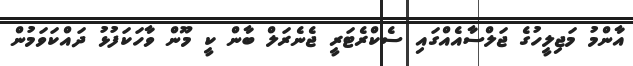
އާންމު މަޖިލީހުގެ ޖަލްސާއެއްގައި ސެކްރެޓަރީ ޖެނެރަލް ބާން ކީ މޫން ވާހަކަފުޅު ދައްކަވަމުން